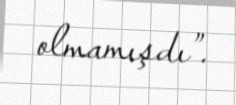
olmamışdı”.